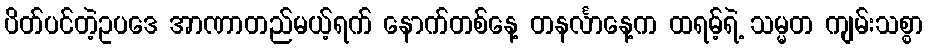
ပိတ်ပင်တဲ့ဥပဒေ အာဏာတည်မယ့်ရက် နောက်တစ်နေ့ တနင်္လာနေ့က ထရမ့်ရဲ့ သမ္မတ ကျမ်းသစ္စာ